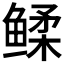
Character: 𬶧